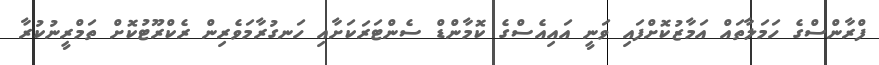
ފްރާންސްގެ ހަމަލާތައް އަމާޒުކޮށްފައި ވަނީ އައިއެސްގެ ކޮމާންޑް ސެންޓަރަކަށާއި ހަނގުރާމަވެރިން ރެކްރޫޓުކޮށް ތަމްރީނުކުރާ